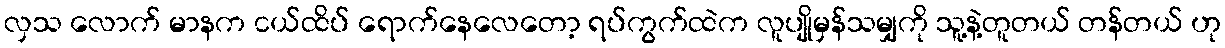
လှသ လောက် မာနက ငယ်ထိပ် ရောက်နေလေတော့ ရပ်ကွက်ထဲက လူပျိုမှန်သမျှကို သူ့နဲ့တူတယ် တန်တယ် ဟု